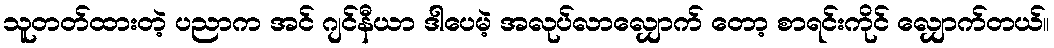
သူတတ်ထားတဲ့ ပညာက အင် ဂျင်နီယာ ဒါပေမဲ့ အလုပ်လာလျှောက် တော့ စာရင်းကိုင် လျှောက်တယ်။